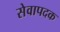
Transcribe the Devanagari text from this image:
सेवापदक